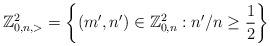
LaTeX: \begin{align*}\mathbb{Z}^{2}_{0,n, >} = \left \{ (m',n') \in \mathbb{Z}^2_{0,n}: n'/n \ge \frac{1}{2} \right \}\end{align*}